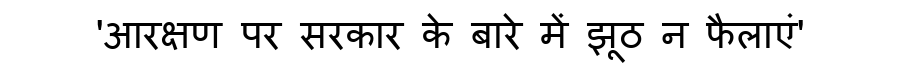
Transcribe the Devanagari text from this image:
'आरक्षण पर सरकार के बारे में झूठ न फैलाएं'